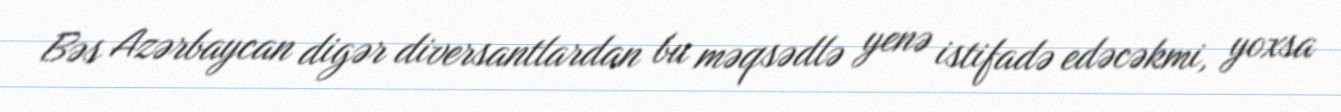
Bəs Azərbaycan digər diversantlardan bu məqsədlə yenə istifadə edəcəkmi, yoxsa